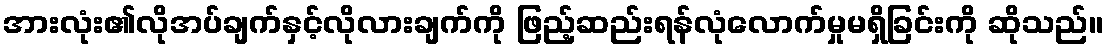
အားလုံး၏လိုအပ်ချက်နှင့်လိုလားချက်ကို ဖြည့်ဆည်းရန်လုံလောက်မှုမရှိခြင်းကို ဆိုသည်။